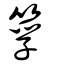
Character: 筟